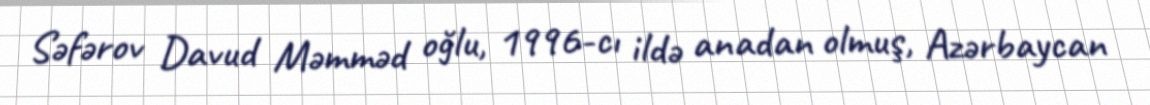
Səfərov Davud Məmməd oğlu, 1996-cı ildə anadan olmuş, Azərbaycan